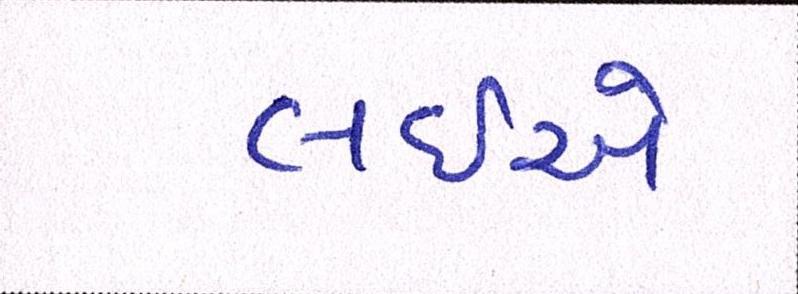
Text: લઇએ